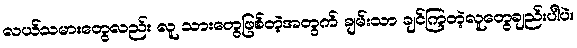
လယ်သမားတွေလည်း လူ သားတွေဖြစ်တဲ့အတွက် ချမ်းသာ ချင်ကြတဲ့လူတွေချည်းပါပဲ။